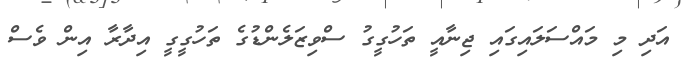
އަދި މި މައްސަލައިގައި ޖިނާއީ ތަހުގީގު ސްވިޒަލެންޑުގެ ތަހުގީގީ އިދާރާ އިން ވެސް